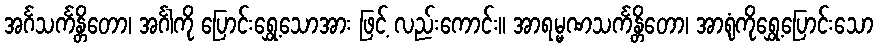
အင်္ဂသင်္ကန္တိတော၊ အင်္ဂါကို ပြောင်းရွှေ့သောအား ဖြင့် လည်းကောင်း။ အာရမ္မဏသင်္ကန္တိတော၊ အာရုံကိုရွှေ့ပြောင်းသော